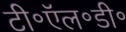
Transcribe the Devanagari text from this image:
टी॰ऍल॰डी॰